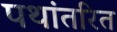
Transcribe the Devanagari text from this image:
पथांतरित